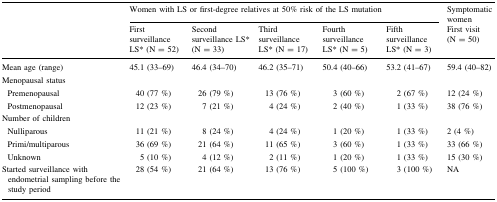
<table><thead><tr><td rowspan="2"></td><td colspan="5"><b>Women with LS or first-degree relatives at 50% risk of the LS mutation</b></td><td><b>Symptomatic women</b></td></tr><tr><td><b>First surveillance LS* (N = 52)</b></td><td><b>Second surveillance LS* (N = 33)</b></td><td><b>Third surveillance LS* (N = 17)</b></td><td><b>Fourth surveillance LS* (N = 5)</b></td><td><b>Fifth surveillance LS* (N = 3)</b></td><td><b>First visit (N = 50)</b></td></tr></thead><tbody><tr><td>Mean age (range)</td><td>45.1 (33–69)</td><td>46.4 (34–70)</td><td>46.2 (35–71)</td><td>50.4 (40–66)</td><td>53.2 (41–67)</td><td>59.4 (40–82)</td></tr><tr><td>Menopausal status</td><td></td><td></td><td></td><td></td><td></td><td></td></tr><tr><td> Premenopausal</td><td>40 (77 %)</td><td>26 (79 %)</td><td>13 (76 %)</td><td>3 (60 %)</td><td>2 (67 %)</td><td>12 (24 %)</td></tr><tr><td> Postmenopausal</td><td>12 (23 %)</td><td>7 (21 %)</td><td>4 (24 %)</td><td>2 (40 %)</td><td>1 (33 %)</td><td>38 (76 %)</td></tr><tr><td>Number of children</td><td></td><td></td><td></td><td></td><td></td><td></td></tr><tr><td> Nulliparous</td><td>11 (21 %)</td><td>8 (24 %)</td><td>4 (24 %)</td><td>1 (20 %)</td><td>1 (33 %)</td><td>2 (4 %)</td></tr><tr><td> Primi/multiparous</td><td>36 (69 %)</td><td>21 (64 %)</td><td>11 (65 %)</td><td>3 (60 %)</td><td>1 (33 %)</td><td>33 (66 %)</td></tr><tr><td> Unknown</td><td>5 (10 %)</td><td>4 (12 %)</td><td>2 (11 %)</td><td>1 (20 %)</td><td>1 (33 %)</td><td>15 (30 %)</td></tr><tr><td>Started surveillance with endometrial sampling before the study period</td><td>28 (54 %)</td><td>21 (64 %)</td><td>13 (76 %)</td><td>5 (100 %)</td><td>3 (100 %)</td><td>NA</td></tr></tbody></table>